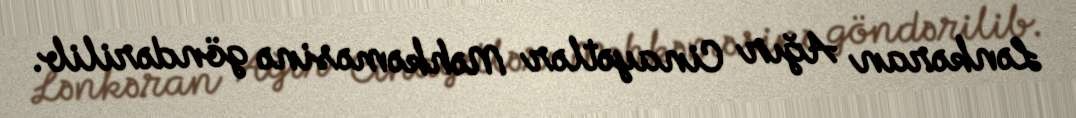
Lənkəran Ağır Cinayətlər Məhkəməsinə göndərilib.